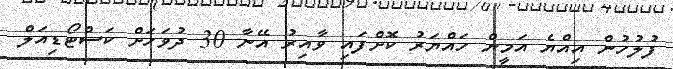
ފުލުހުން އިއްޔެ އަމީން ހައްޔަރު ކޮށްފައި ވާއިރު އޭނާ 30 ދުވަހަށް ކަސްޓޯޑިއަލް